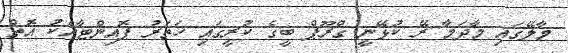
މާލޭގައި މާދަމާ ރޭ ކުޅޭނީ ގްރޫޕް ބީގެ ކުރީގައި ހަތަރު ޕޮއިންޓާއެކު އޮތް